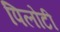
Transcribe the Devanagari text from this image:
पिलोटी